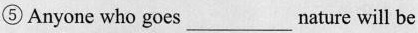
⑤Anyone who goes ___ nature will be